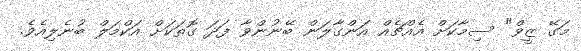
މަގޭ ޒީވް" ސިމާކަށް އެއްޗެއް އަންގާލަން ބޭނުންވާ ފަދަ ގޮތަކަށް އަކްމަލް ބުނެލިއެވެ.